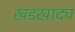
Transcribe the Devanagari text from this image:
खंडखाद्य